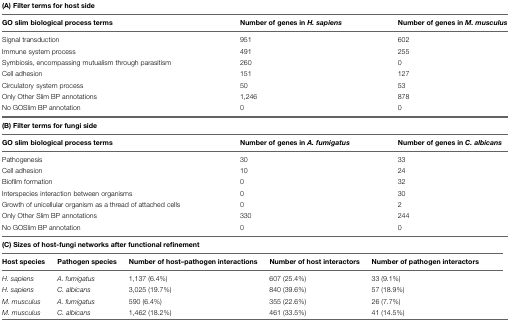
<table><thead><tr><td colspan="3"><b>(A) Filter terms for host side</b></td></tr><tr><td><b>GO slim biological process terms</b></td><td><b>Number of genes in <i>H. sapiens</i></b></td><td><b>Number of genes in <i>M. musculus</i></b></td></tr></thead><tbody><tr><td>Signal transduction</td><td>951</td><td>602</td></tr><tr><td>Immune system process</td><td>491</td><td>255</td></tr><tr><td>Symbiosis, encompassing mutualism through parasitism</td><td>260</td><td>0</td></tr><tr><td>Cell adhesion</td><td>151</td><td>127</td></tr><tr><td>Circulatory system process</td><td>50</td><td>53</td></tr><tr><td>Only Other Slim BP annotations</td><td>1,246</td><td>878</td></tr><tr><td>No GOSlim BP annotation</td><td>0</td><td>0</td></tr><tr><td colspan="3"><b>(B) Filter terms for fungi side</b></td></tr><tr><td><b>GO slim biological process terms</b></td><td><b>Number of genes in <i>A. fumigatus</i></b></td><td><b>Number of genes in <i>C. albicans</i></b></td></tr><tr><td>Pathogenesis</td><td>30</td><td>33</td></tr><tr><td>Cell adhesion</td><td>10</td><td>24</td></tr><tr><td>Biofilm formation</td><td>0</td><td>32</td></tr><tr><td>Interspecies interaction between organisms</td><td>0</td><td>30</td></tr><tr><td>Growth of unicellular organism as a thread of attached cells</td><td>0</td><td>2</td></tr><tr><td>Only Other Slim BP annotations</td><td>330</td><td>244</td></tr><tr><td>No GOSlim BP annotation</td><td>0</td><td>0</td></tr><tr><td colspan="6"><b>(C) Sizes of host-fungi networks after functional refinement</b></td></tr><tr><td><b>Host species</b></td><td><b>Pathogen species</b></td><td><b>Number of host–pathogen interactions</b></td><td><b>Number of host interactors</b></td><td><b>Number of pathogen interactors</b></td></tr><tr><td><i>H. sapiens</i></td><td><i>A. fumigatus</i></td><td>1,137 (6.4%)</td><td>607 (25.4%)</td><td>33 (9.1%)</td><td></td></tr><tr><td><i>H. sapiens</i></td><td><i>C. albicans</i></td><td>3,025 (19.7%)</td><td>840 (39.6%)</td><td>57 (18.9%)</td><td></td></tr><tr><td><i>M. musculus</i></td><td><i>A. fumigatus</i></td><td>590 (6.4%)</td><td>355 (22.6%)</td><td>26 (7.7%)</td><td></td></tr><tr><td><i>M. musculus</i></td><td><i>C. albicans</i></td><td>1,462 (18.2%)</td><td>461 (33.5%)</td><td>41 (14.5%)</td><td></td></tr></tbody></table>